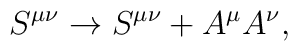
S^{\mu \nu} \rightarrow S^{\mu \nu} + A^{\mu}A^{\nu}  ,